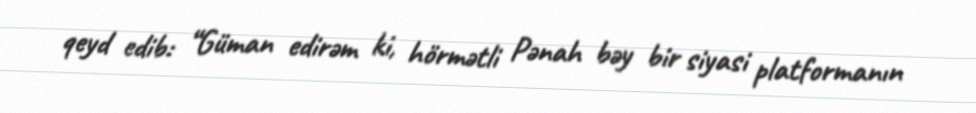
qeyd edib: “Güman edirəm ki, hörmətli Pənah bəy bir siyasi platformanın